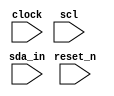
module i2c_simple(reset_n,
		clock,
		sda_in,
		scl);

input		clock;   
input		reset_n;
input		sda_in;
input		scl;


reg		start_bus_reg;
reg		stop_bus_reg;
wire sda_risingedge;
wire scl_risingedge;
wire sda_failingedge;
wire scl_fallingedge;

reg curr, last;
always@(posedge clock)
begin
	if(!reset_n) begin
		curr <= 1'b0;
		last <= 1'b0;
	end
	else begin
    curr <= scl;
    last <= curr;
	end
end
//Raising edge
assign scl_risingedge = curr & (~last);

//failing edge
assign scl_fallingedge = ~curr & (last);

reg sda_curr, sda_last;
always@(posedge clock)
begin
	if(!reset_n) begin
		sda_curr <= 1'b0;
		sda_last <= 1'b0;
	end
	else begin
    sda_curr <= sda_in;
    sda_last <= sda_curr;
	end
end

//Raising edge
assign sda_risingedge = sda_curr & (~sda_last);

//failing edge
assign sda_fallingedge = ~sda_curr & (sda_last);


// ----------------------------------------------------------------
// to test start condition: scl=1, sda_in failing
always@(posedge clock)
begin
  start_bus_reg <= sda_fallingedge & scl;
  stop_bus_reg <= sda_risingedge & scl;
end

endmodule
module test_i2c;

reg reset_n;
reg clock;
reg sda_in;
wire sda_out;
wire sda_en;
reg scl;

wire debug;


integer i;

/*
i2c_simple i2c_simple(.reset_n(reset_n),
		.clock(clock),
		.sda_in(sda),
		.scl(scl));
*/
		
i2c_slave_op_reduced	i2c_slave_op_reduced_inst(
			.reset_n(reset_n),
			.clock(clock),
			.sda_out(sda_out),
			.sda_in(sda_in),
			.sda_en(sda_en),
			.scl(scl),
			.led(debug)
         );

  initial 
    begin
	    clock = 0;
		 scl = 0;
		 sda_in = 0;
		//reset
		#50 reset_n = 1;
		#50 reset_n = 0;
		#50 reset_n = 1;

      //idle
      #50 scl = 1;
      #50 sda_in = 1;
      //start
      #20 sda_in = 0;
      #10 scl = 0;
		
		//abnormal testing
      #50 scl = 1;
      #50 sda_in = 1;
      //start
      #200 sda_in = 0;
      #100 scl = 0;
		//100K HZ means 10000ns one cuycle 
		//send address
			#500 sda_in = 1;
			#500 scl = 1;
			#500 scl = 0;
			//bit 2
			#500 sda_in = 1;
			#500 scl = 1;
			#500 scl = 0;
			//bit 3
			#500 sda_in = 1;
			#500 scl = 1;
			#500 scl = 0;
			//bit 4
			#500 sda_in = 1;
			#500 scl = 1;
			#500 scl = 0;
			//bit 5
			#500 sda_in = 1;
			#500 scl = 1;
			#500 scl = 0;
			//bit 6
			#500 sda_in = 1;
			#500 scl = 1;
			#500 scl = 0;
			//bit 7
			#500 sda_in = 0;
			#500 scl = 1;
			#500 scl = 0;
			//bit r/w
			#500 sda_in = 0;
			#500 scl = 1;
			#500 scl = 0;
		   //bit ack
			#500 sda_in = 0;
			#500 scl = 1;
			#500 scl = 0;
			
		for (i=0; i< 32; i=i+1) begin
			//bit 1
			#500 sda_in = 1;
			#500 scl = 1;
			#500 scl = 0;
			//bit 2
			#500 sda_in = 1;
			#500 scl = 1;
			#500 scl = 0;
			//bit 3
			#500 sda_in = 1;
			#500 scl = 1;
			#500 scl = 0;
			//bit 4
			#500 sda_in = 1;
			#500 scl = 1;
			#500 scl = 0;
			//bit 5
			#500 sda_in = 1;
			#500 scl = 1;
			#500 scl = 0;
			//bit 6
			#500 sda_in = 1;
			#500 scl = 1;
			#500 scl = 0;
			//bit 7
			#500 sda_in = 1;
			#500 scl = 1;
			#500 scl = 0;
			//bit 8
			#500 sda_in = 1;
			#500 scl = 1;
			#500 scl = 0;
			//bit ack
			//#10 sda_in = 1;
			#500 scl = 1;
			#500 scl = 0;
		end
		
		//repeat start
      #50 scl = 1;
      #50 sda_in = 1;
      //start
      #100 sda_in = 0;
      #100 scl = 0;
		
		//send address
		#500 sda_in = 1;
		#500 scl = 1;
		#500 scl = 0;
		//bit 2
		#500 sda_in = 1;
		#500 scl = 1;
		#500 scl = 0;
		//bit 3
		#500 sda_in = 1;
		#500 scl = 1;
		#500 scl = 0;
		//bit 4
		#500 sda_in = 1;
		#500 scl = 1;
		#500 scl = 0;
		//bit 5
		#500 sda_in = 1;
		#500 scl = 1;
		#500 scl = 0;
		//bit 6
		#500 sda_in = 1;
		#500 scl = 1;
		#500 scl = 0;
		//bit 7
		#500 sda_in = 0;
		#500 scl = 1;
		#500 scl = 0;
		//bit r
		#500 sda_in = 1;
		#500 scl = 1;
		#500 scl = 0;
		//bit ack
		#500 sda_in = 0;
		#500 scl = 1;
		#500 scl = 0;
	
		for (i=0; i< 32; i=i+1) begin
			//bit 1
			#500 sda_in = 1;
			#500 scl = 1;
			#500 scl = 0;
			//bit 2
			#500 sda_in = 1;
			#500 scl = 1;
			#500 scl = 0;
			//bit 3
			#500 sda_in = 1;
			#500 scl = 1;
			#500 scl = 0;
			//bit 4
			#500 sda_in = 1;
			#500 scl = 1;
			#500 scl = 0;
			//bit 5
			#500 sda_in = 1;
			#500 scl = 1;
			#500 scl = 0;
			//bit 6
			#500 sda_in = 1;
			#500 scl = 1;
			#500 scl = 0;
			//bit 7
			#500 sda_in = 1;
			#500 scl = 1;
			#500 scl = 0;
			//bit 8
			#500 sda_in = 1;
			#500 scl = 1;
			#500 scl = 0;
			//bit ack
			#500 sda_in = 0;
			#500 scl = 1;
			#500 scl = 0;
		end
      
		
		//stop condition
      #100 sda_in = 0;
      #100 scl = 1;
		#100 sda_in = 1;

      
    end
always begin
	 //50M HZ about 20ns one cycle
    #10 clock = ! clock;
end
endmodule